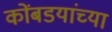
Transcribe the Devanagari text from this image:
कोंबडयांच्या